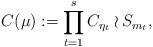
LaTeX: \begin{align*} C(\mu):= \prod^{s}_{t=1} C_{\eta_t} \wr S_{m_t},\end{align*}